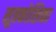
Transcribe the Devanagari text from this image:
सूत्रकोशिका